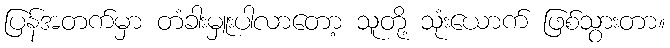
ပြန်အတက်မှာ တံခါးမှူးပါလာတော့ သူတို့ သုံးယောက် ဖြစ်သွားတာ။